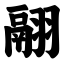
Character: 翮